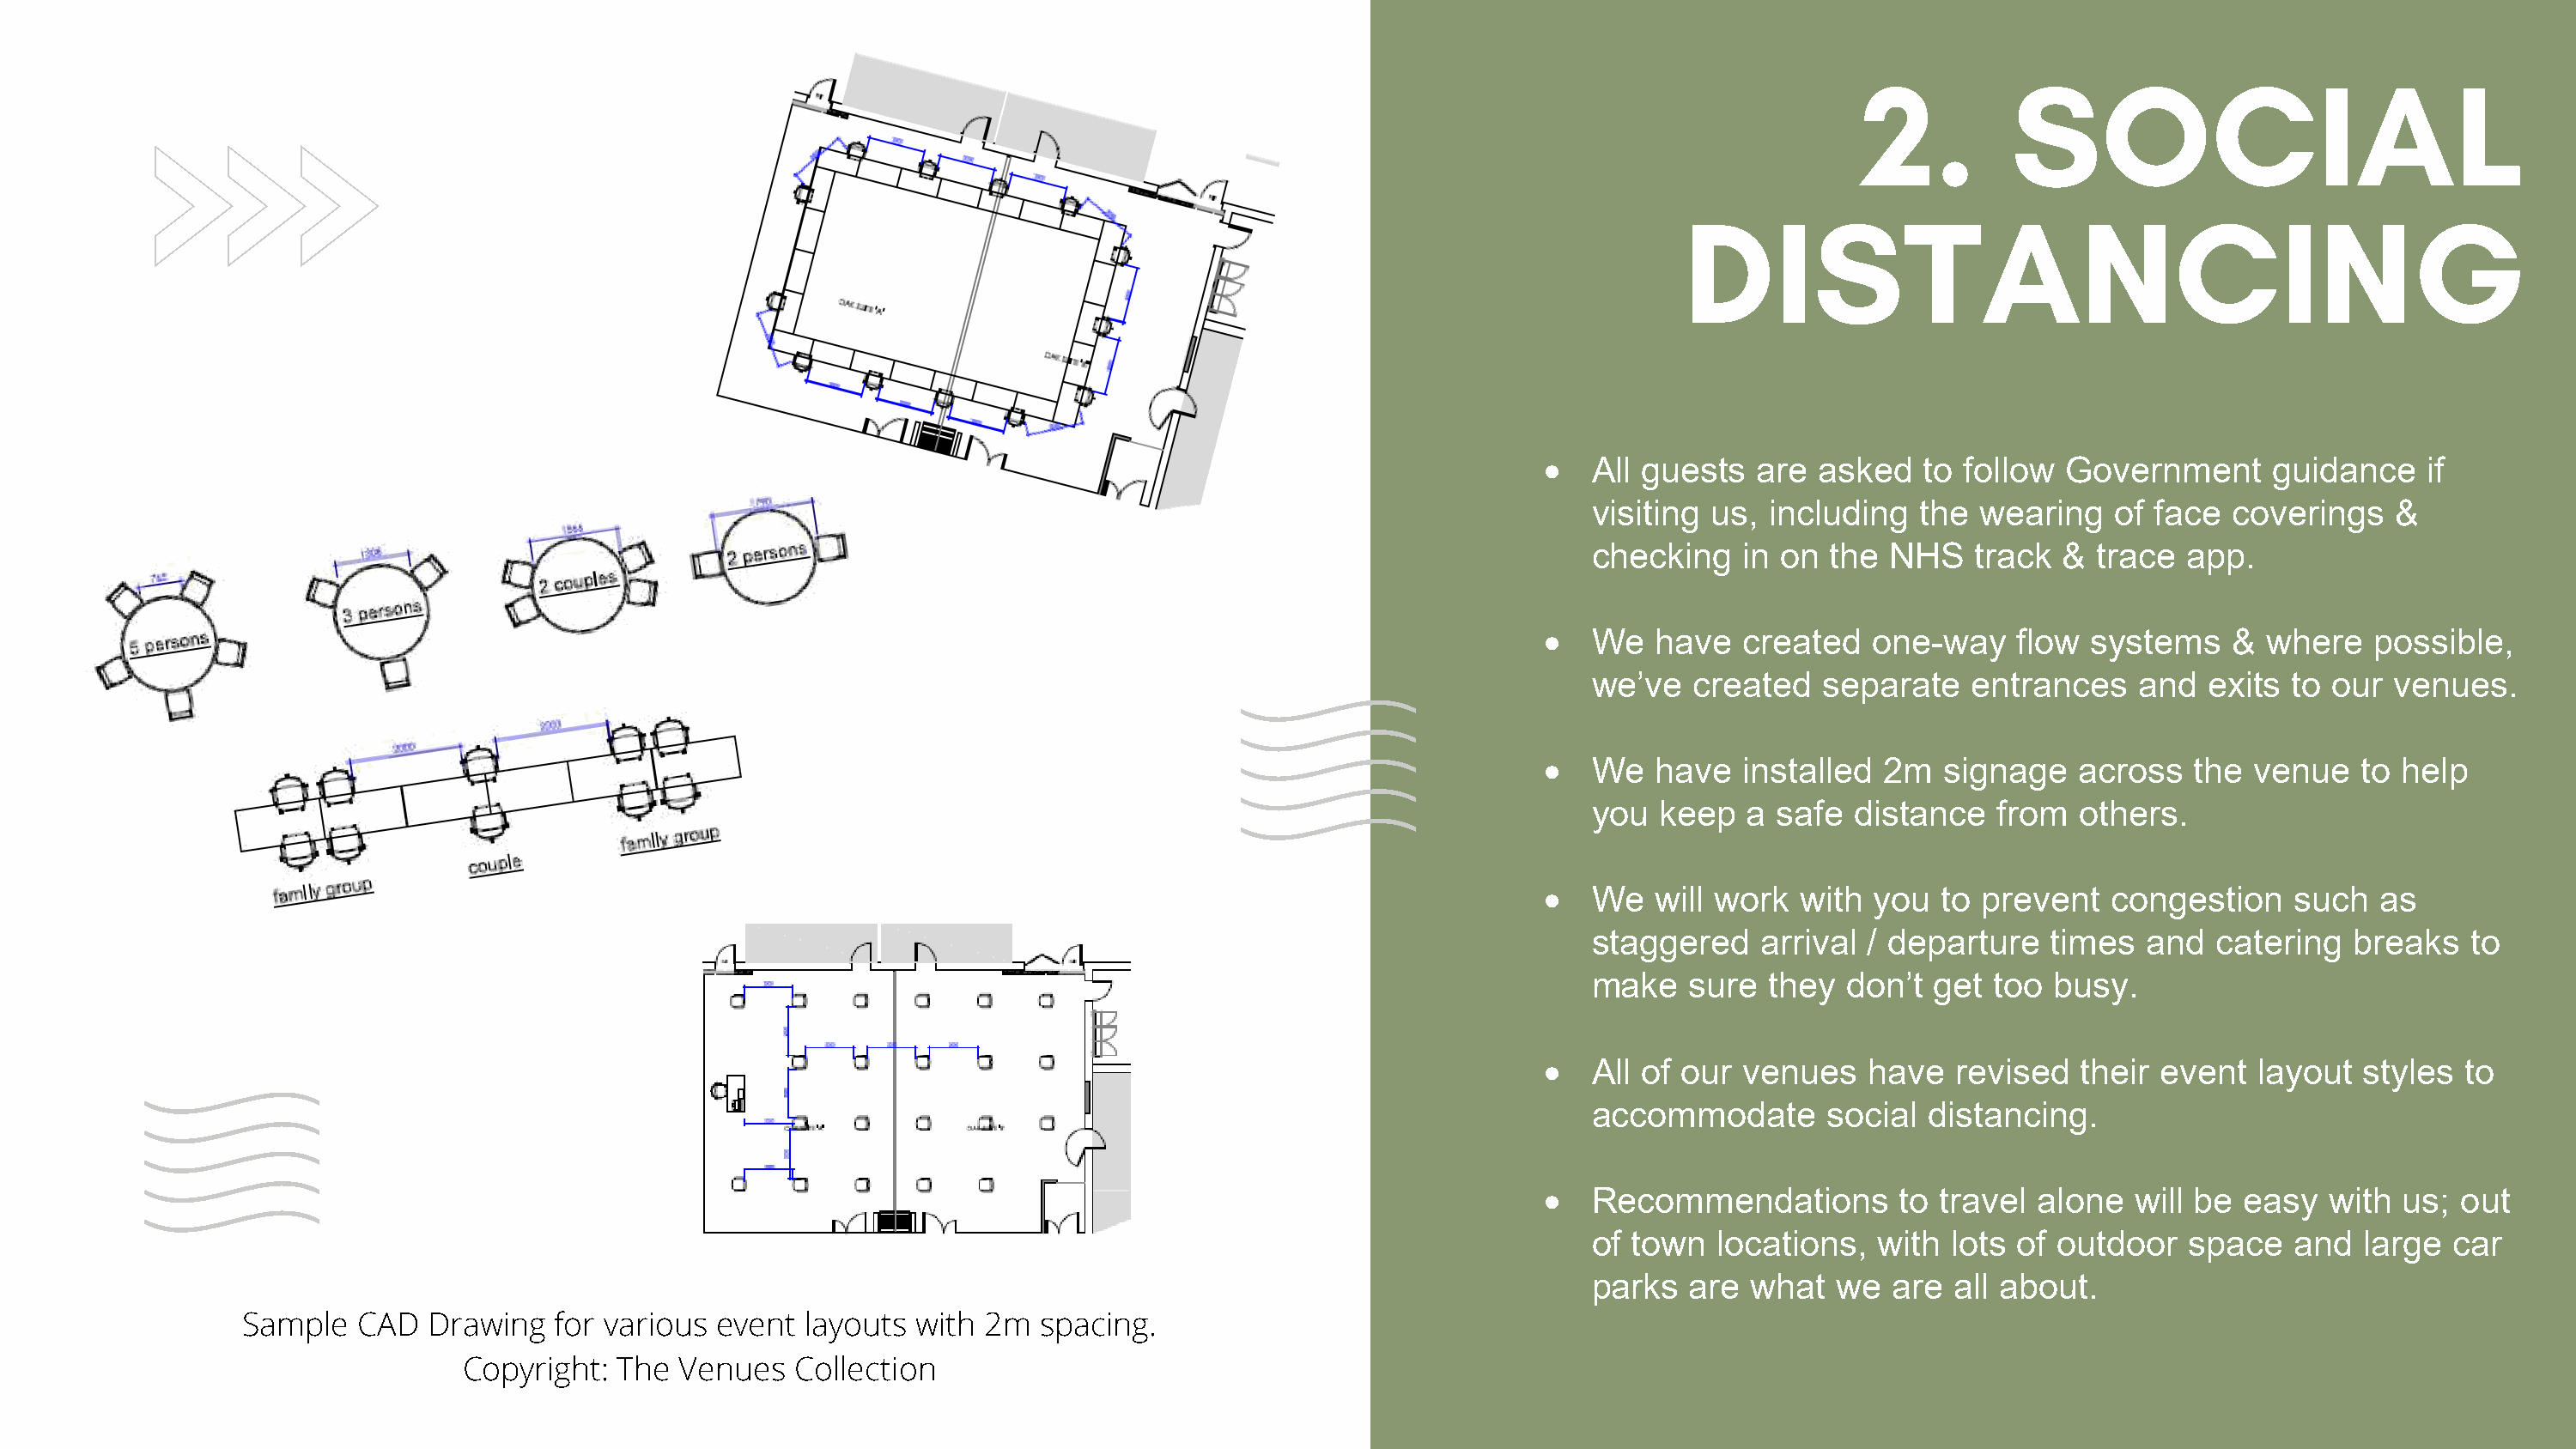
2.         SOCIAL
 DISTANCING
 •   All guests  are  asked   to follow  Government      guidance    if
 visiting us, including   the  wearing   of face  coverings    &
 checking   in on  the  NHS   track  &  trace  app.
 •   We   have  created   one-way     flow systems    &  where   possible,
 we’ve   created   separate   entrances    and  exits  to our  venues.
 •   We   have  installed  2m   signage   across   the  venue   to help
 you  keep   a safe  distance   from  others.
 •   We   will work  with you   to prevent   congestion    such  as
 staggered    arrival / departure   times  and   catering  breaks   to
 make   sure  they  don’t  get  too busy.
 •   All of our venues    have   revised  their  event  layout  styles  to
 accommodate       social  distancing.
 •   Recommendations        to  travel alone   will be easy   with us;  out
 of town  locations,   with lots  of outdoor   space   and  large  car
 parks  are  what   we  are  all about.
 Sample   CAD  Drawing   for various event  layouts  with 2m  spacing.
 Copyright:  The Venues   Collection